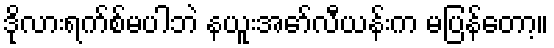
ဒိုလားရက်စ်မပါဘဲ နယူးအော်လီယန်းက မပြန်တော့။